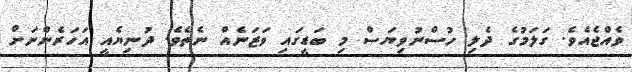
ވެއްޖެއެވެ. ގަލަމުގެ ދެލި ހުސްނުވިޔަސް މި ބަޑީގައި ވަޒަނެއް ނެތެވެ. ދުނިޔެއީ އަހަރެންނަށް